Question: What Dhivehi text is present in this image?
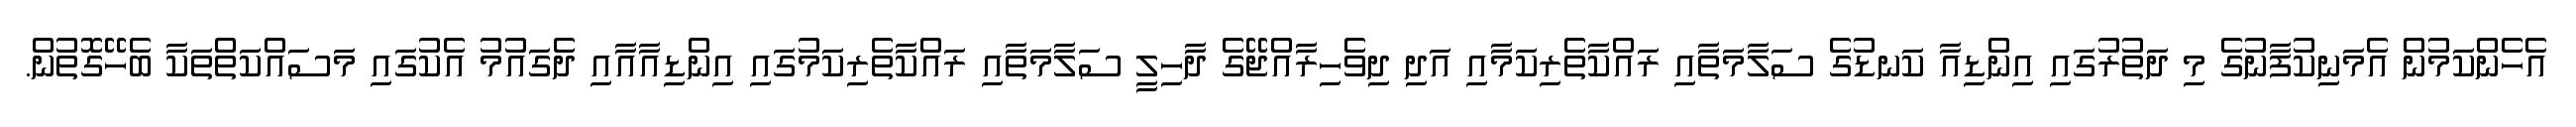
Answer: އެހެންކަމުން އެމަނިކުފާނުގެ މި ދަތުރުގައި އިންޑިއާ ކަނޑުގެ ސަލާމަތާއި ރައްކާތެރިކަމާއި އަދި ދިވެހިރާއްޖޭގެ ދާހިލީ ސަލާމަތާއި ރައްކާތެރިކަމުގައި އިންޑިއާއާއި ދެގައުމު އެކުގައި މަސައްކަތްތަކާ ބެހޭގޮތުން.